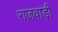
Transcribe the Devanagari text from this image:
राजवाड़ी